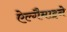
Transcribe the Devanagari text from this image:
ऐल्गैमाइने